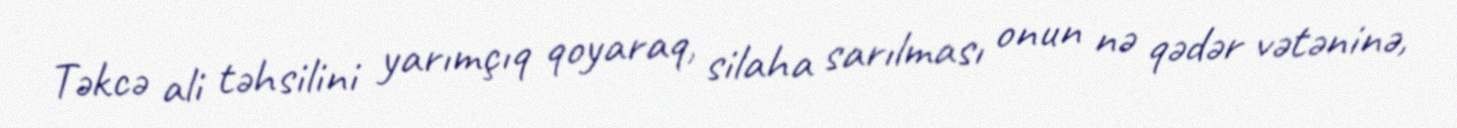
Təkcə ali təhsilini yarımçıq qoyaraq, silaha sarılması onun nə qədər vətəninə,